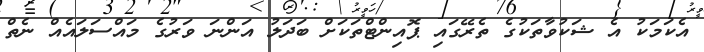
އެކަމަކު އެ ޝަކުވާތަކުގެ ތެރޭގައި ޕޮއިންޓްތަކަށް ބަދަލު އަންނަ ވަރުގެ މައްސަލައެއް ނެތް